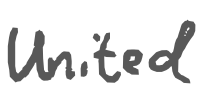
Text: United
Cross-out: clean
Writing tool: digital_gray